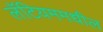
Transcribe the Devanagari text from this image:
लॅटियममधील